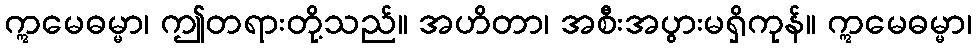
ဣမေဓမ္မာ၊ ဤတရားတို့သည်။ အဟိတာ၊ အစီးအပွားမရှိကုန်။ ဣမေဓမ္မာ၊